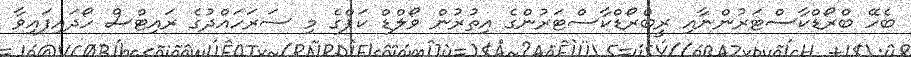
ބެހޭ ބްރޯޑްކާސްޓަރުންނާއި ރީބްރޯޑްކާސްޓަރުންގެ އިތުރުން ވޯލްޑް ކަޕްގެ މި ސަރަހައްދުގެ ރައިޓްސް ހޯދައިފައިވާ